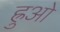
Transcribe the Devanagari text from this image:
ह्रुओ